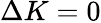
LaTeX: \Delta K=0